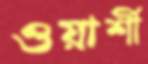
ওয়ার্শী